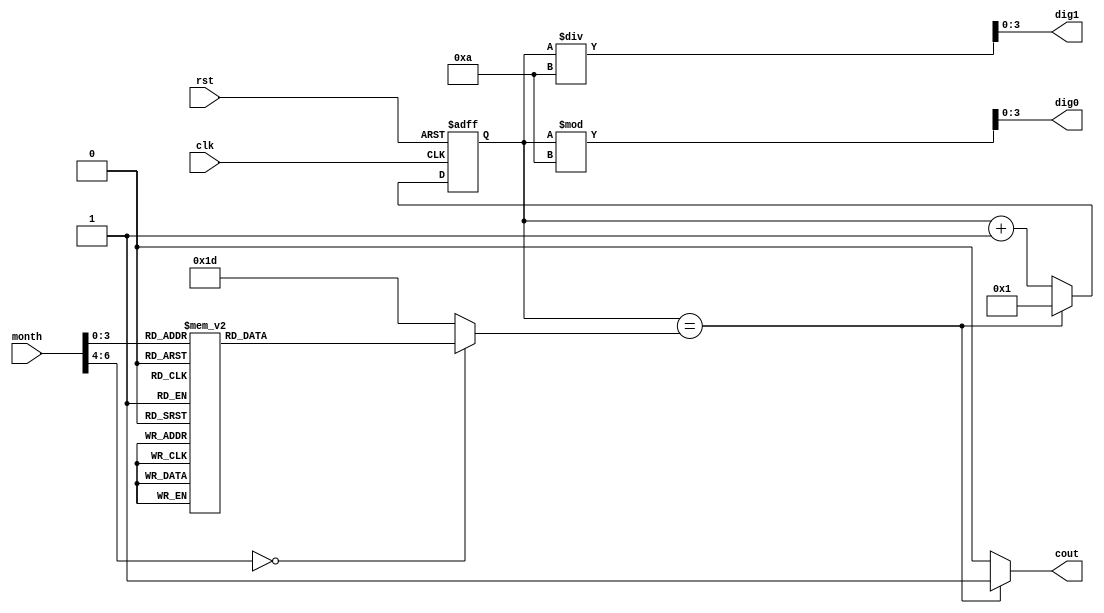
`timescale 1ns / 1ps
//////////////////////////////////////////////////////////////////////////////////
// Company: 
// Engineer: 
// 
// Design Name: 
// Module Name: day
// Project Name: 
// Target Devices: 
// Tool Versions: 
// Description: 
// 
// Dependencies: 
// 
// Revision:
// Revision 0.01 - File Created
// Additional Comments:
// 
//////////////////////////////////////////////////////////////////////////////////
`define TIME_BIT_WIDTH 7 

module day(
    clk,
    rst,
    month,
    dig1,
    dig0,
    cout
    );
    input clk;
    input rst;
    input [6:0]month;
    output [3:0]dig1;
    output [3:0]dig0;
    output reg cout;
    reg [6:0]day;
    reg [6:0]day_nxt;
    reg [6:0]limit;
    always@*
          case(month)
                `TIME_BIT_WIDTH'd1:limit=`TIME_BIT_WIDTH'd31;
                `TIME_BIT_WIDTH'd2:limit=`TIME_BIT_WIDTH'd28;
                `TIME_BIT_WIDTH'd3:limit=`TIME_BIT_WIDTH'd31;
                `TIME_BIT_WIDTH'd4:limit=`TIME_BIT_WIDTH'd30;
                `TIME_BIT_WIDTH'd5:limit=`TIME_BIT_WIDTH'd31;
                `TIME_BIT_WIDTH'd6:limit=`TIME_BIT_WIDTH'd30;
                `TIME_BIT_WIDTH'd7:limit=`TIME_BIT_WIDTH'd31;
                `TIME_BIT_WIDTH'd8:limit=`TIME_BIT_WIDTH'd31;
                `TIME_BIT_WIDTH'd9:limit=`TIME_BIT_WIDTH'd30;
                `TIME_BIT_WIDTH'd10:limit=`TIME_BIT_WIDTH'd31;
                `TIME_BIT_WIDTH'd11:limit=`TIME_BIT_WIDTH'd30;
                `TIME_BIT_WIDTH'd12:limit=`TIME_BIT_WIDTH'd31;
                default:limit=5'd29;
                endcase      
    always@*
        if (day==limit) begin
            day_nxt = 1;
            cout = 1;
        end
        else begin
            day_nxt = day + 1;
            cout = 0;
            end
        
    always@(posedge clk or posedge rst)
        if (rst) day <= 1;
        else day <= day_nxt;
    
    assign dig0 = day%10;
    assign dig1 = day/10;
endmodule